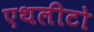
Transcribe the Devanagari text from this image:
एथलीटो